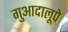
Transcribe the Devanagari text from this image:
गुआदालूपे